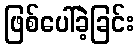
ဖြစ်ပေါ်ခဲ့ခြင်း